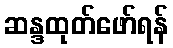
ဆန္ဒထုတ်ဖော်ရန်